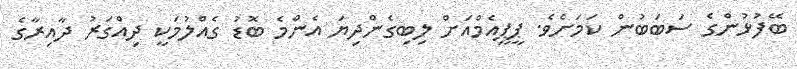
ބޭފުޅުންގެ ސަބަބުން ކަމަށެވެ. ޕީޕީއެމްއަށް ލިބިގެންދިޔަ އެންމެ ބޮޑު ގެއްލުމަކީ ދިއްގަރު ދާއިރާގެ